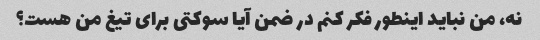
نه، من نباید اینطور فکر کنم در ضمن آیا سوکتی برای تیغ من هست؟